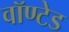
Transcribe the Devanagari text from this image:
वॉण्टेड